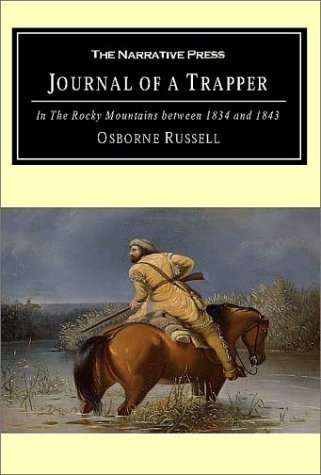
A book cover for Journal of a Trapper: In the Rocky Mountains Between 1834 and 1843; Osborne Russell; Literature & Fiction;